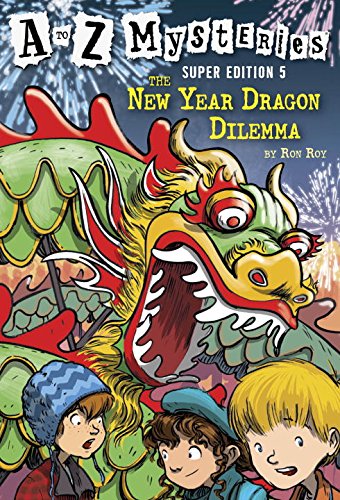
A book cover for A to Z Mysteries Super Edition #5: The New Year Dragon Dilemma (A Stepping Stone Book(TM)); Ron Roy; Children's Books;